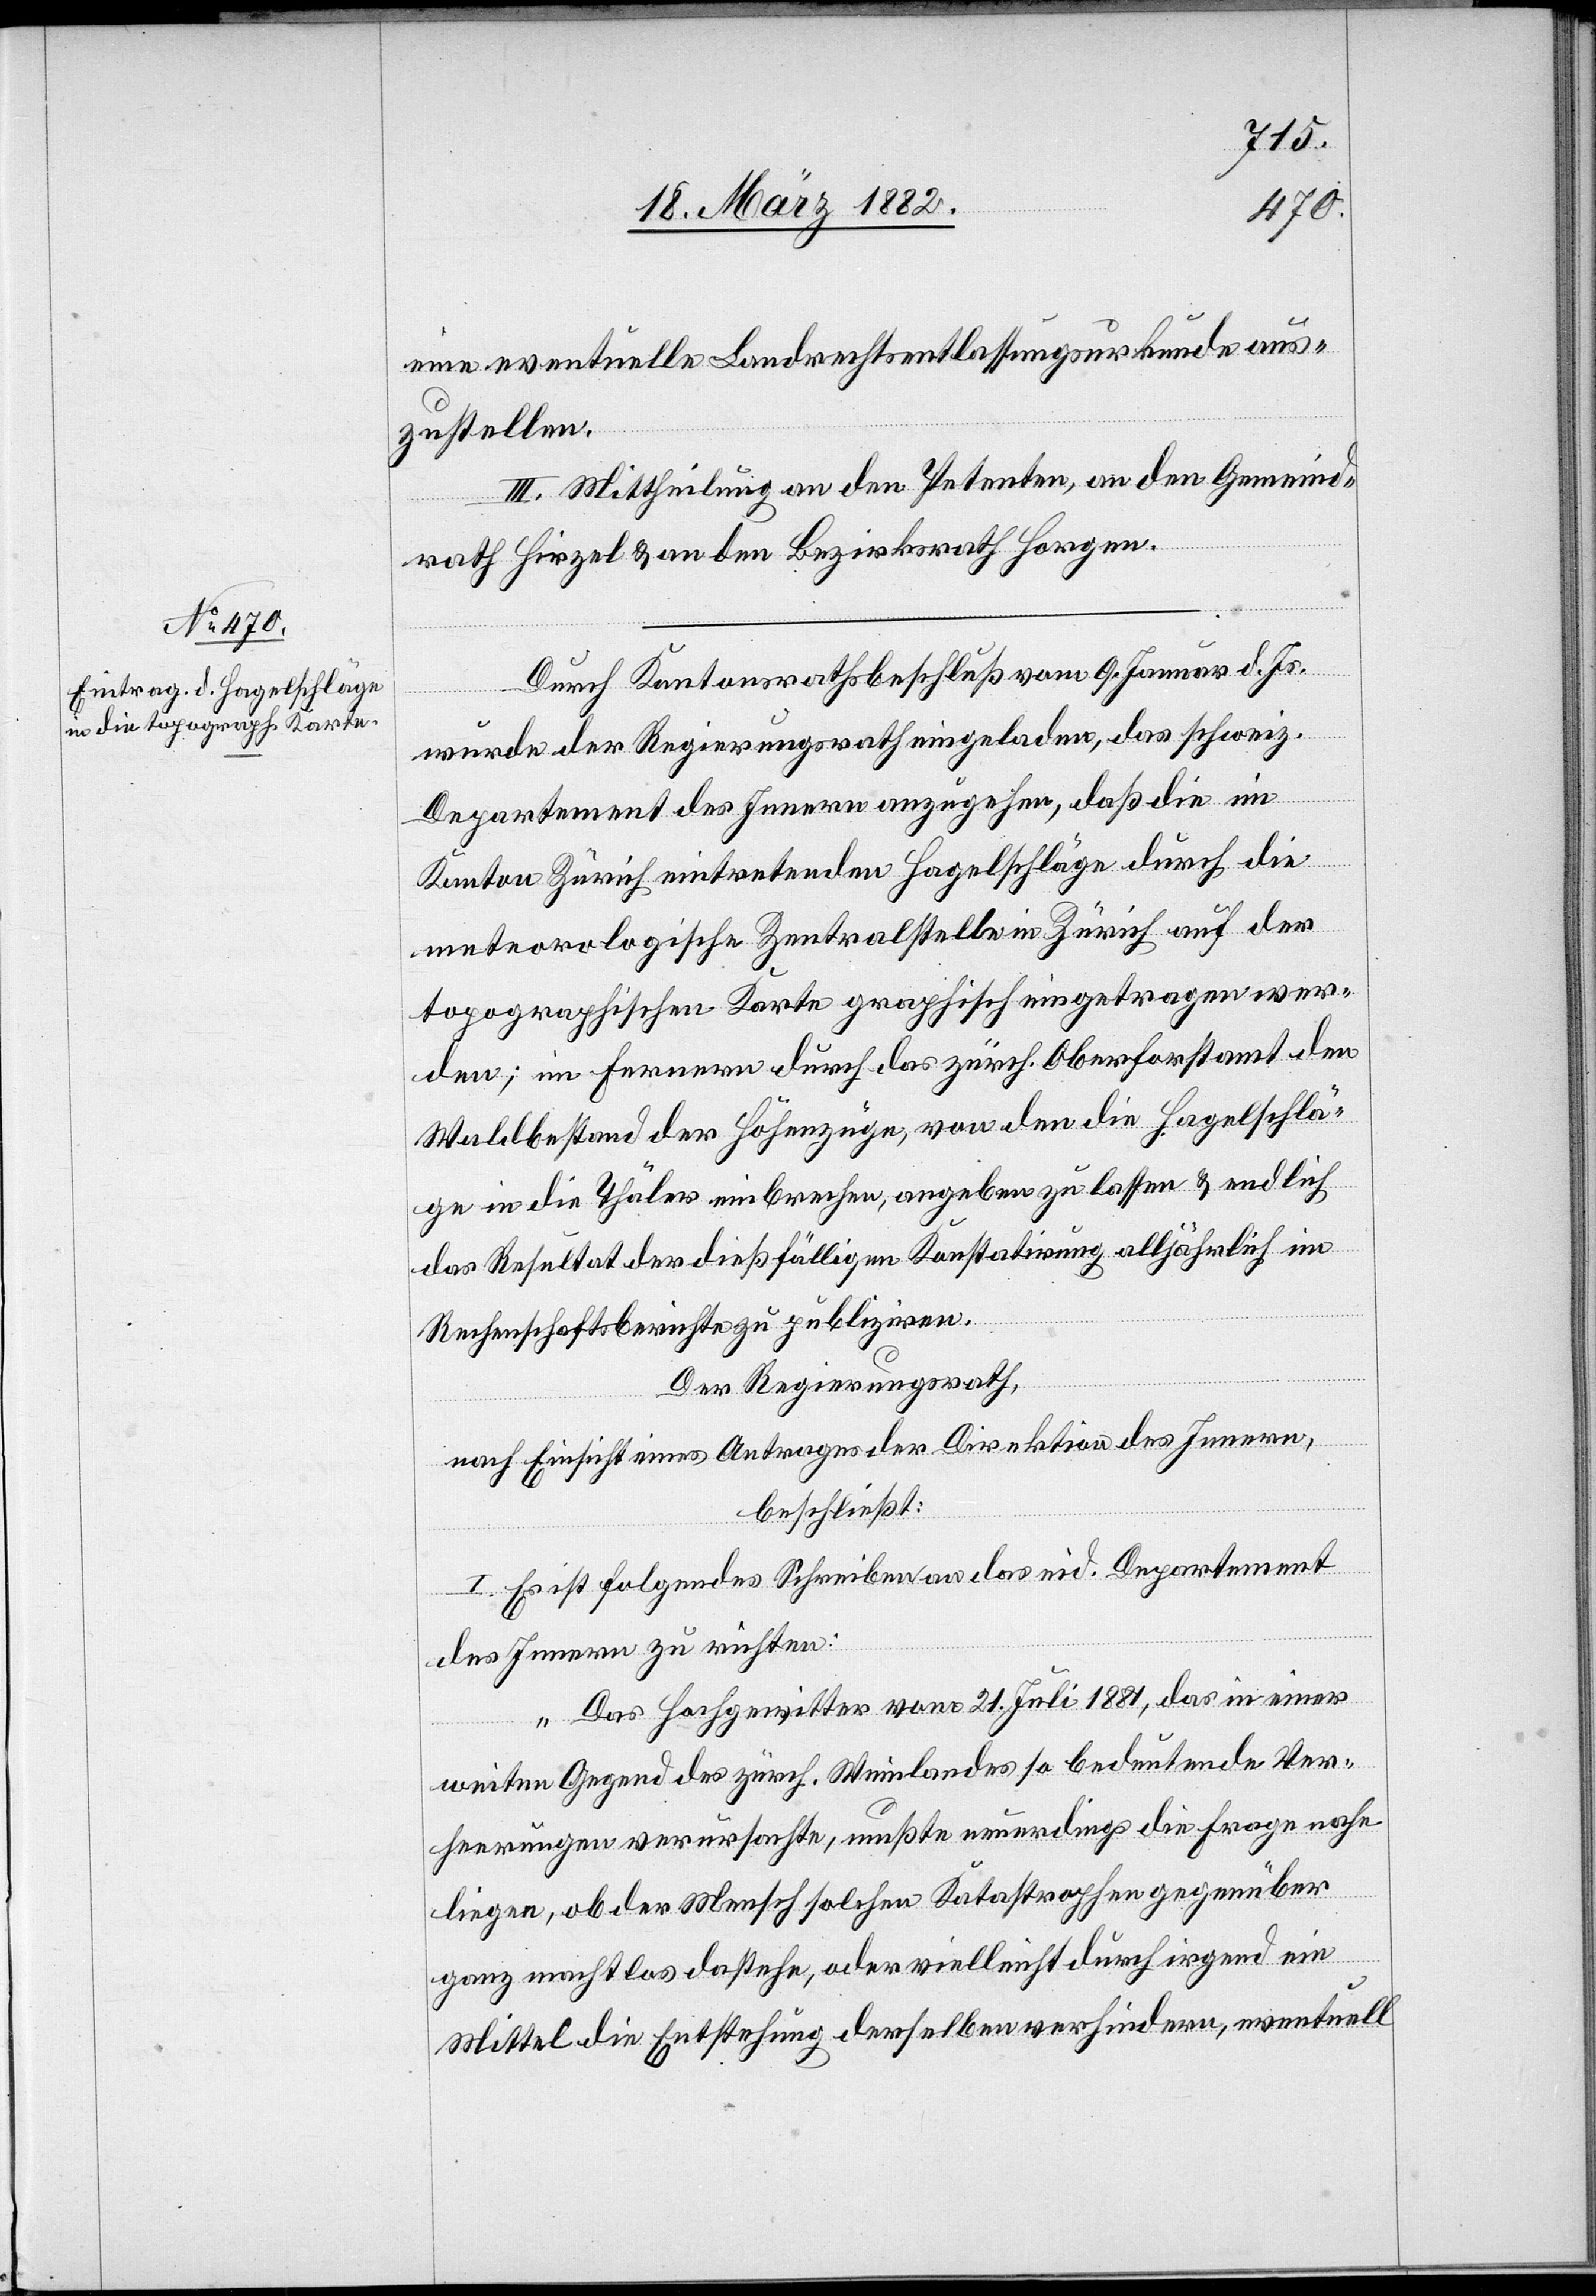
eine eventuelle Landrechtsentlassungsurkunde aus¬
zustellen.
III. Mittheilung an den Petenten, an den Gemeind¬
rath Hirzel & an den Bezirksrath Horgen.
Durch Kantonsrathsbeschluß vom 9. Januar d. Js.
wurde der Regierungsrath eingeladen, das schweiz.
Departement des Innern anzugehen, daß die im
Kanton Zürich eintretenden Hagelschläge durch die
meteorologische Zentralstelle in Zürich auf der
topographischen Karte graphisch eingetragen wer¬
den; im ferneren durch das zürch. Oberforstamt den
Waldbestand der Höhenzüge, von den die Hagelschlä¬
ge in die Thäler einbrechen, angeben zu lassen & endlich
das Resultat der dießfälligen Konstatirung alljährlich im
Rechenschaftsberichte zu publiziren.
Der Regierungsrath,
nach Einsicht eines Antrages der Direktion des Innern,
beschließt:
I. Es ist folgendes Schreiben an das eid. Departement
des Innern zu richten:
„Das Hochgewitter vom 21. Juli 1881, das in einer
weiten Gegend des zürch. Weinlandes so bedeutende Ver¬
heerungen verursachte, mußte neuerdings die Frage nahe
legen, ob der Mensch solchen Katastrophen gegenüber
ganz machtlos dastehe, oder vielleicht durch irgend ein
Mittel die Entstehung derselben verhindern, eventuell